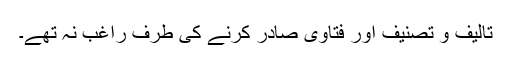
تالیف و تصنیف اور فتاویٰ صادر کرنے کی طرف راغب نہ تھے۔